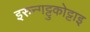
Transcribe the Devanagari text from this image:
इरुन्गट्टुकोट्टाइ